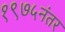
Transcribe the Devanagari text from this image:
१९७५नंतर